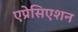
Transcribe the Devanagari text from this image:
एप्रेसिएशन